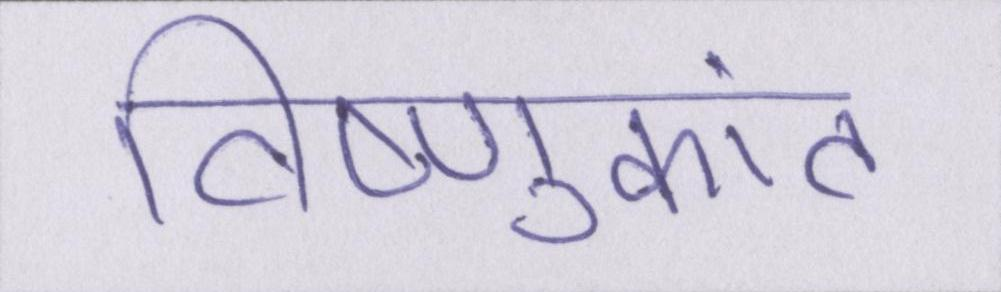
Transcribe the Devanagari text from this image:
विष्णुकांत